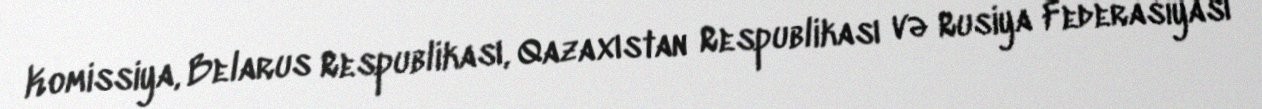
Komissiya, Belarus Respublikası, Qazaxıstan Respublikası və Rusiya Federasiyası